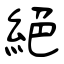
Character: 絕